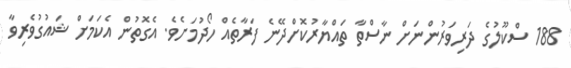
188 ސްކޫލުގެ ދަރިވަރުންނަށް ނާސްތާ ތައްޔާރުކޮށްދޭނެ ފަރާތެއް ހޯދުމަށެވެ. އެގޮތުން އެކަމަށް ޝައުގުވެރިވާ